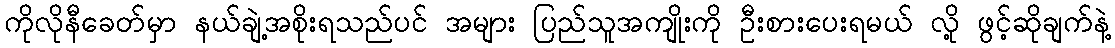
ကိုလိုနီခေတ်မှာ နယ်ချဲ့အစိုးရသည်ပင် အများ ပြည်သူအကျိုးကို ဦးစားပေးရမယ် လို့ ဖွင့်ဆိုချက်နဲ့